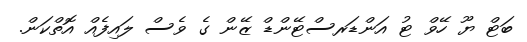
ބަޓް ޔޫ ހޭވް ޓު އަންޑަރސްޓޭންޑް ޒޭން ގެ ވެސް ލައިފެއް އޮތްކަން.